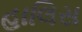
હાલિસ